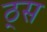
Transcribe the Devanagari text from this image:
ठ्स